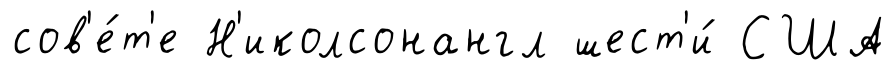
сов'е́т'е Н'иколсонангл шест'и́ США